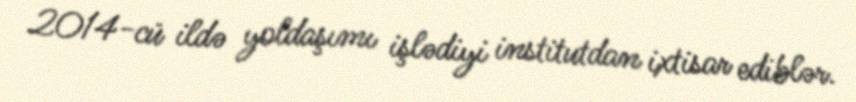
2014-cü ildə yoldaşımı işlədiyi institutdan ixtisar ediblər.